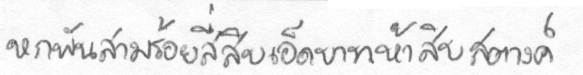
หกพันสามร้อยสี่สิบเอ็ดบาทห้าสิบสตางค์